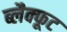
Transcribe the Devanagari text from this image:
ब्लैक्फूट